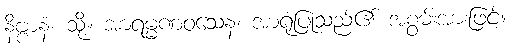
နိဗ္ဗာနံ၊ သို့။ အာရမ္မဏဝသေန၊ အာရုံပြုသည်၏ အစွမ်းအားဖြင့်။